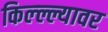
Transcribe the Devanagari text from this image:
किल्ल्ल्यावर